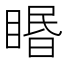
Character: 䁕